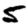
Digit: 5